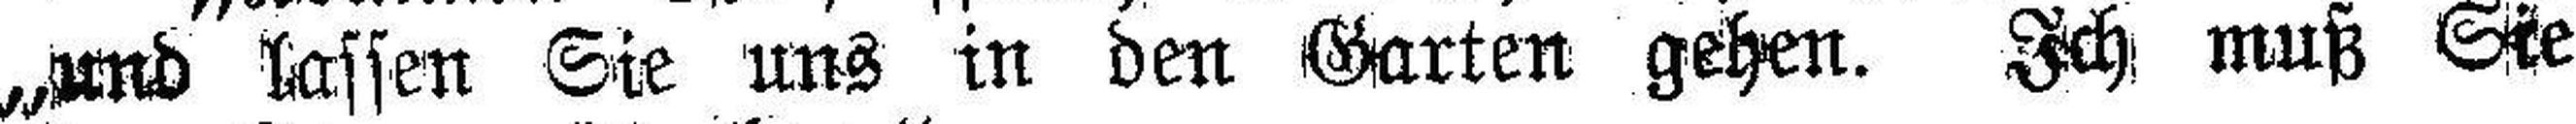
„und lassen Sie uns in den Garten gehen. Ich muß Sie